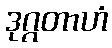
ဒုဂ္ဂတာဟံ